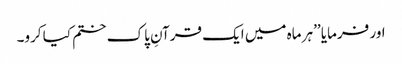
اور فرمایا ’’ہر ماہ میں ایک قرآنِ پاک ختم کیا کرو۔